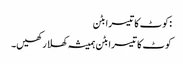
:کوٹ کا تیسرا بٹن
کوٹ کا تیسرا بٹن ہمیشہ کھلا رکھیں۔